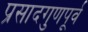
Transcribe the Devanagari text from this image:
प्रसादगुणपूर्व